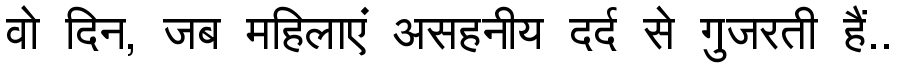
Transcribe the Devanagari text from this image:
वो दिन, जब महिलाएं असहनीय दर्द से गुजरती हैं..